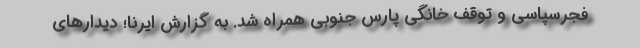
فجرسپاسی و توقف خانگی پارس جنوبی همراه شد. به گزارش ایرنا؛ دیدارهای